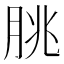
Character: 朓